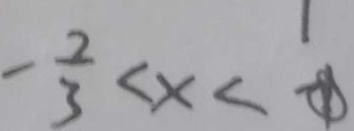
- \frac { 2 } { 3 } < x < \textcircled { 1 }